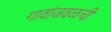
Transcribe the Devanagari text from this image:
गावांजवळची